65_HS1-834228961_62-HQ-83894_Section_7
Agency: FBI
Page 137
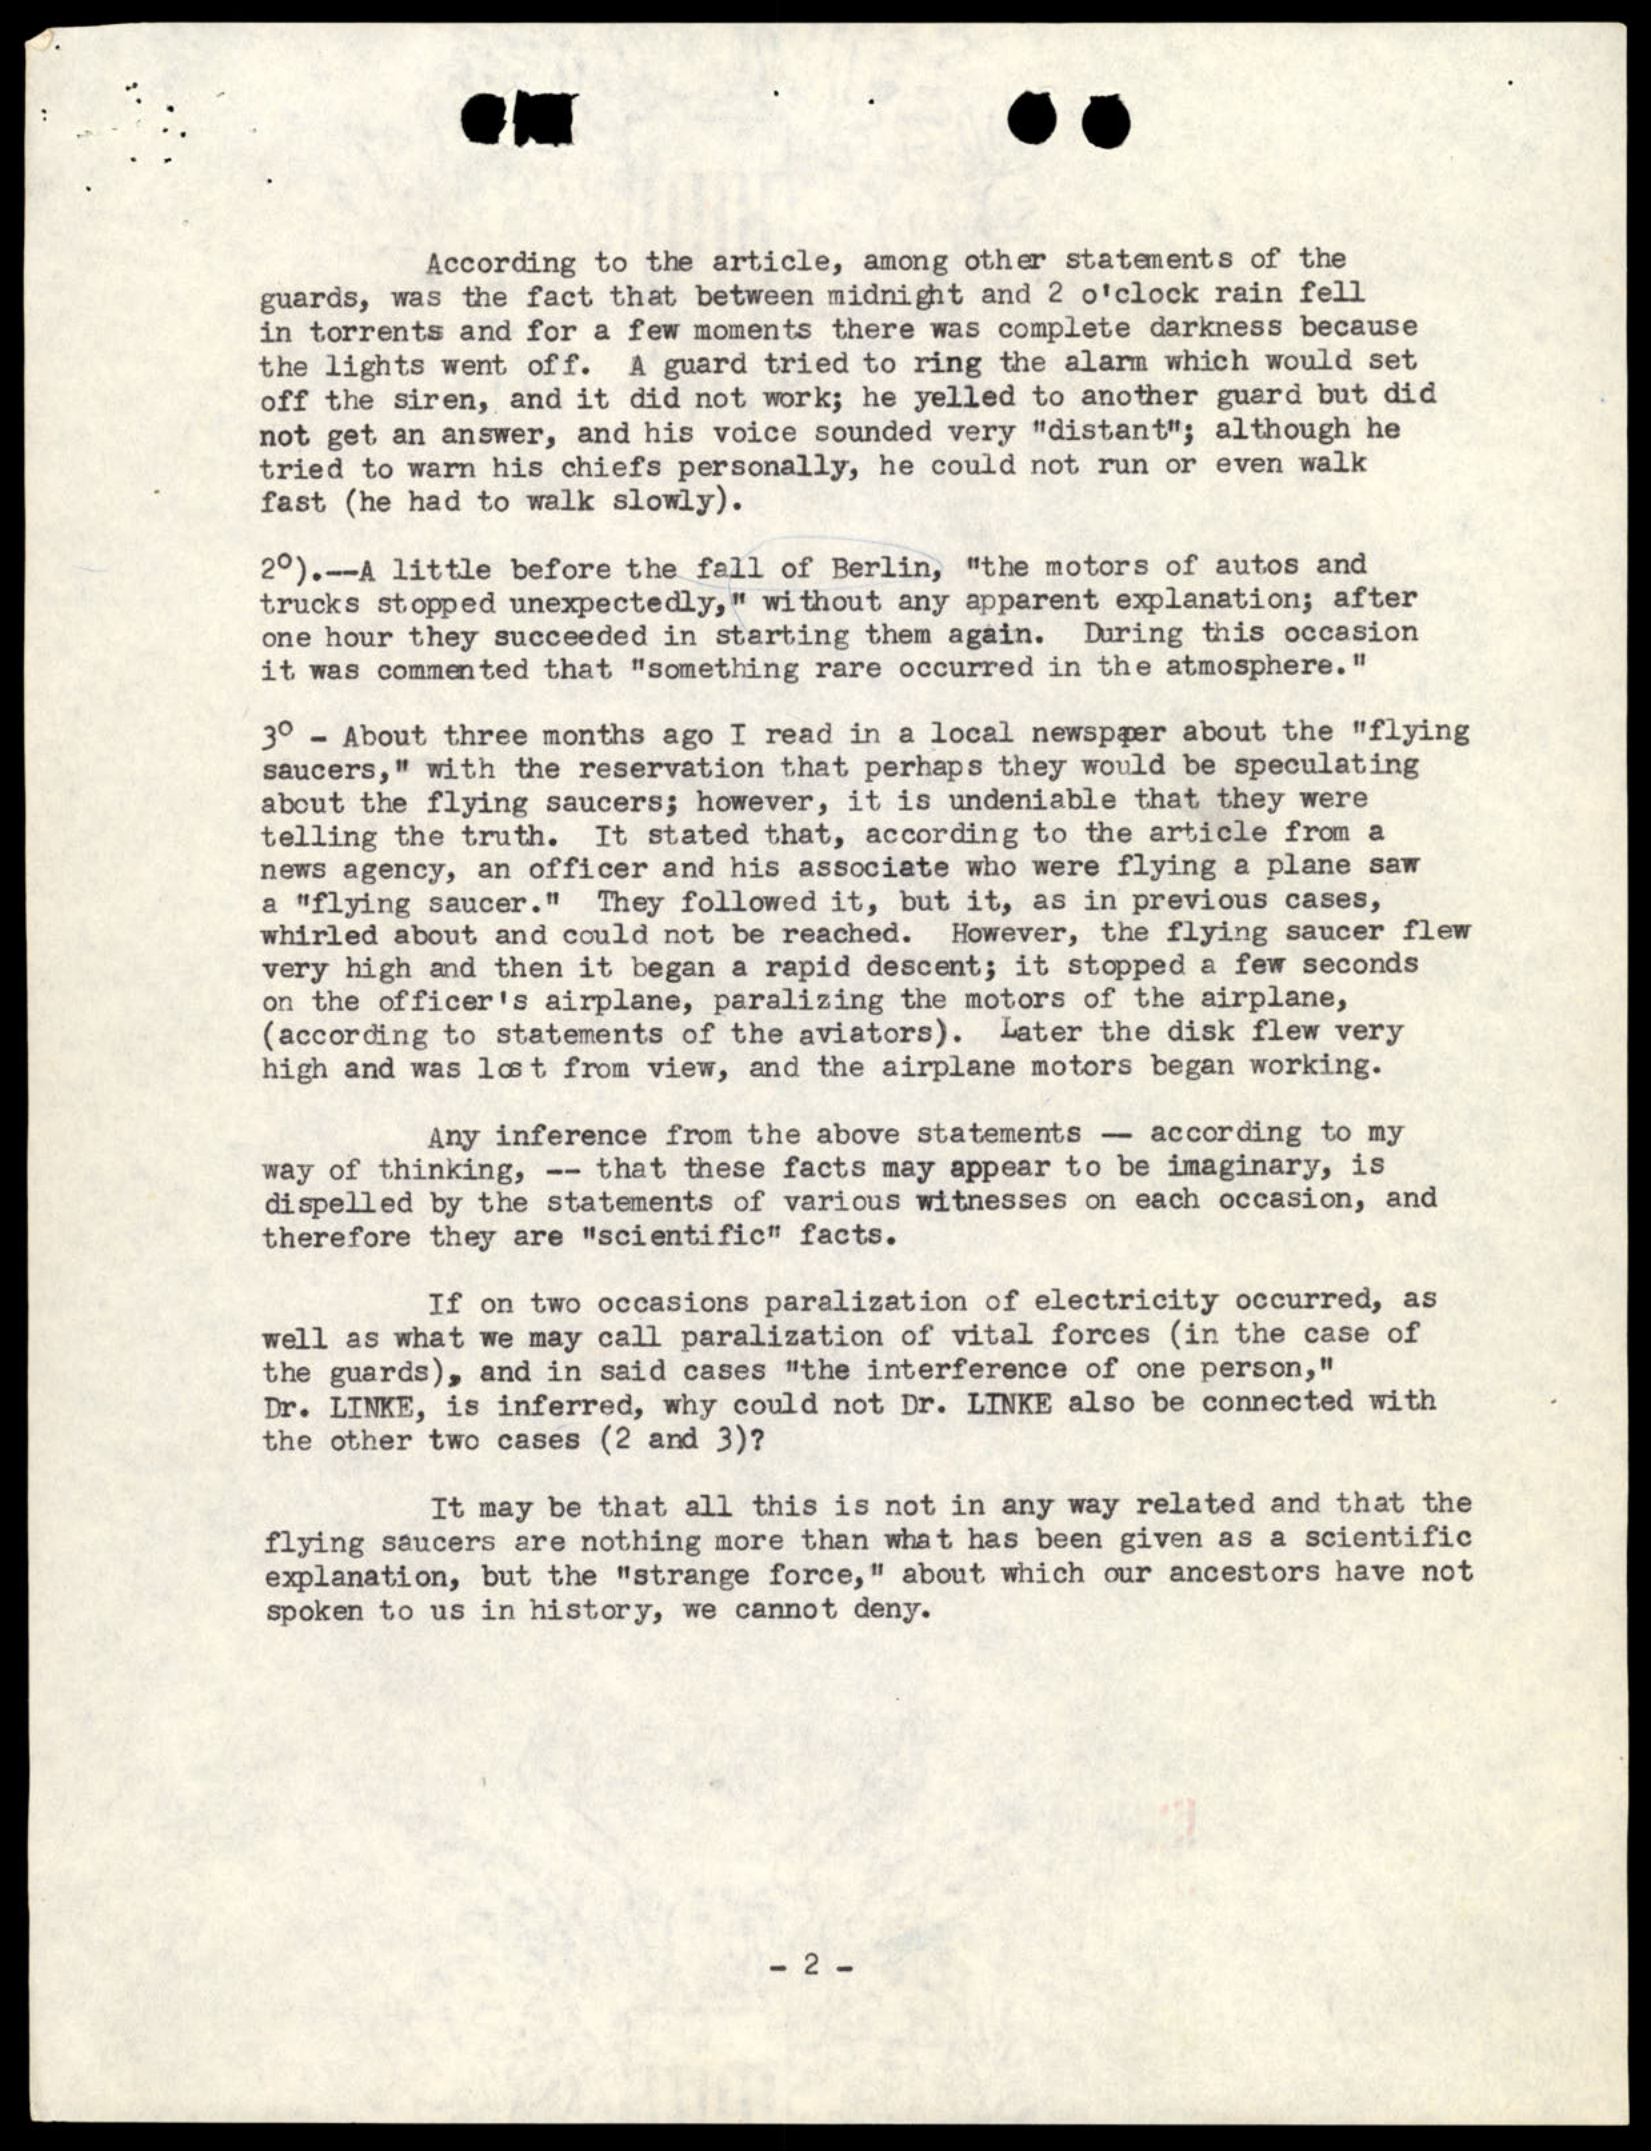